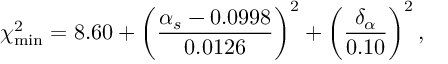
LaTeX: \chi _ { \mathrm { m i n } } ^ { 2 } = 8 . 6 0 + \biggl ( \frac { \alpha _ { s } - 0 . 0 9 9 8 } { 0 . 0 1 2 6 } \biggr ) ^ { 2 } + \biggl ( \frac { \delta _ { \alpha } } { 0 . 1 0 } \biggr ) ^ { 2 } \, ,